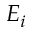
E _ { i }